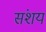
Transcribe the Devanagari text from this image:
संशयं